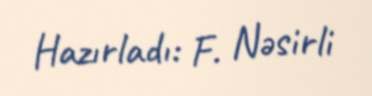
Hazırladı: F. Nəsirli